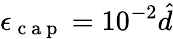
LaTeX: \epsilon_{\mathrm{~c~a~p~}}=10^{-2}\hat{d}